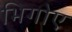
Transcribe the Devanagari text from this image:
भिगोए